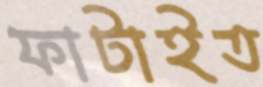
ফাটাইত